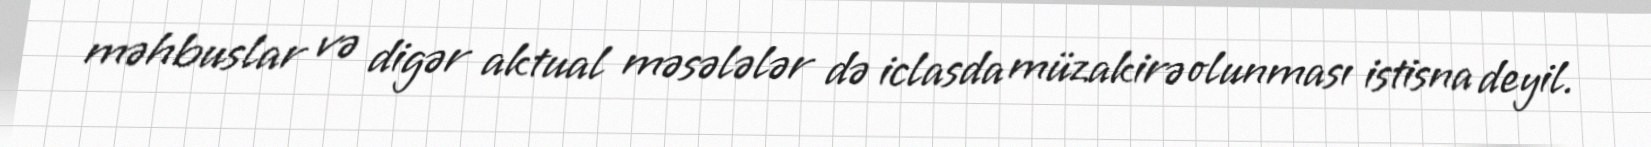
məhbuslar və digər aktual məsələlər də iclasda müzakirə olunması istisna deyil.